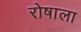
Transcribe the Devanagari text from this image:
रोषाला